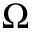
\boldsymbol { \Omega }